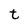
Character: t